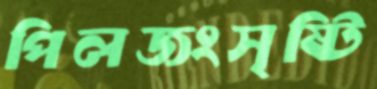
পিলজংসৃষ্টি